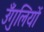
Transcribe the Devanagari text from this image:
उँगुलियों